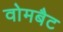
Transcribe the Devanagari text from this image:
वोमबैट